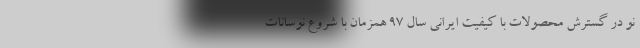
نو در گسترش محصولات با کیفیت ایرانی سال 97 همزمان با شروع نوسانات